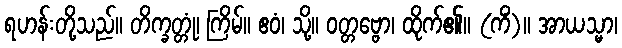
ရဟန်းတို့သည်။ တိက္ခတ္တုံ၊ ကြိမ်။ ဧဝံ၊ သို့။ ဝတ္တဗ္ဗော၊ ထိုက်၏။ (ကိံ)။ အာယသ္မာ၊